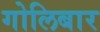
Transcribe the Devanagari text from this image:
गोलिबार